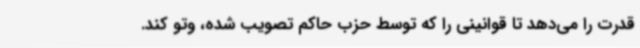
قدرت را می‌دهد تا قوانینی را که توسط حزب حاکم تصویب شده، وتو کند.